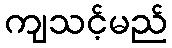
ကျသင့်မည်